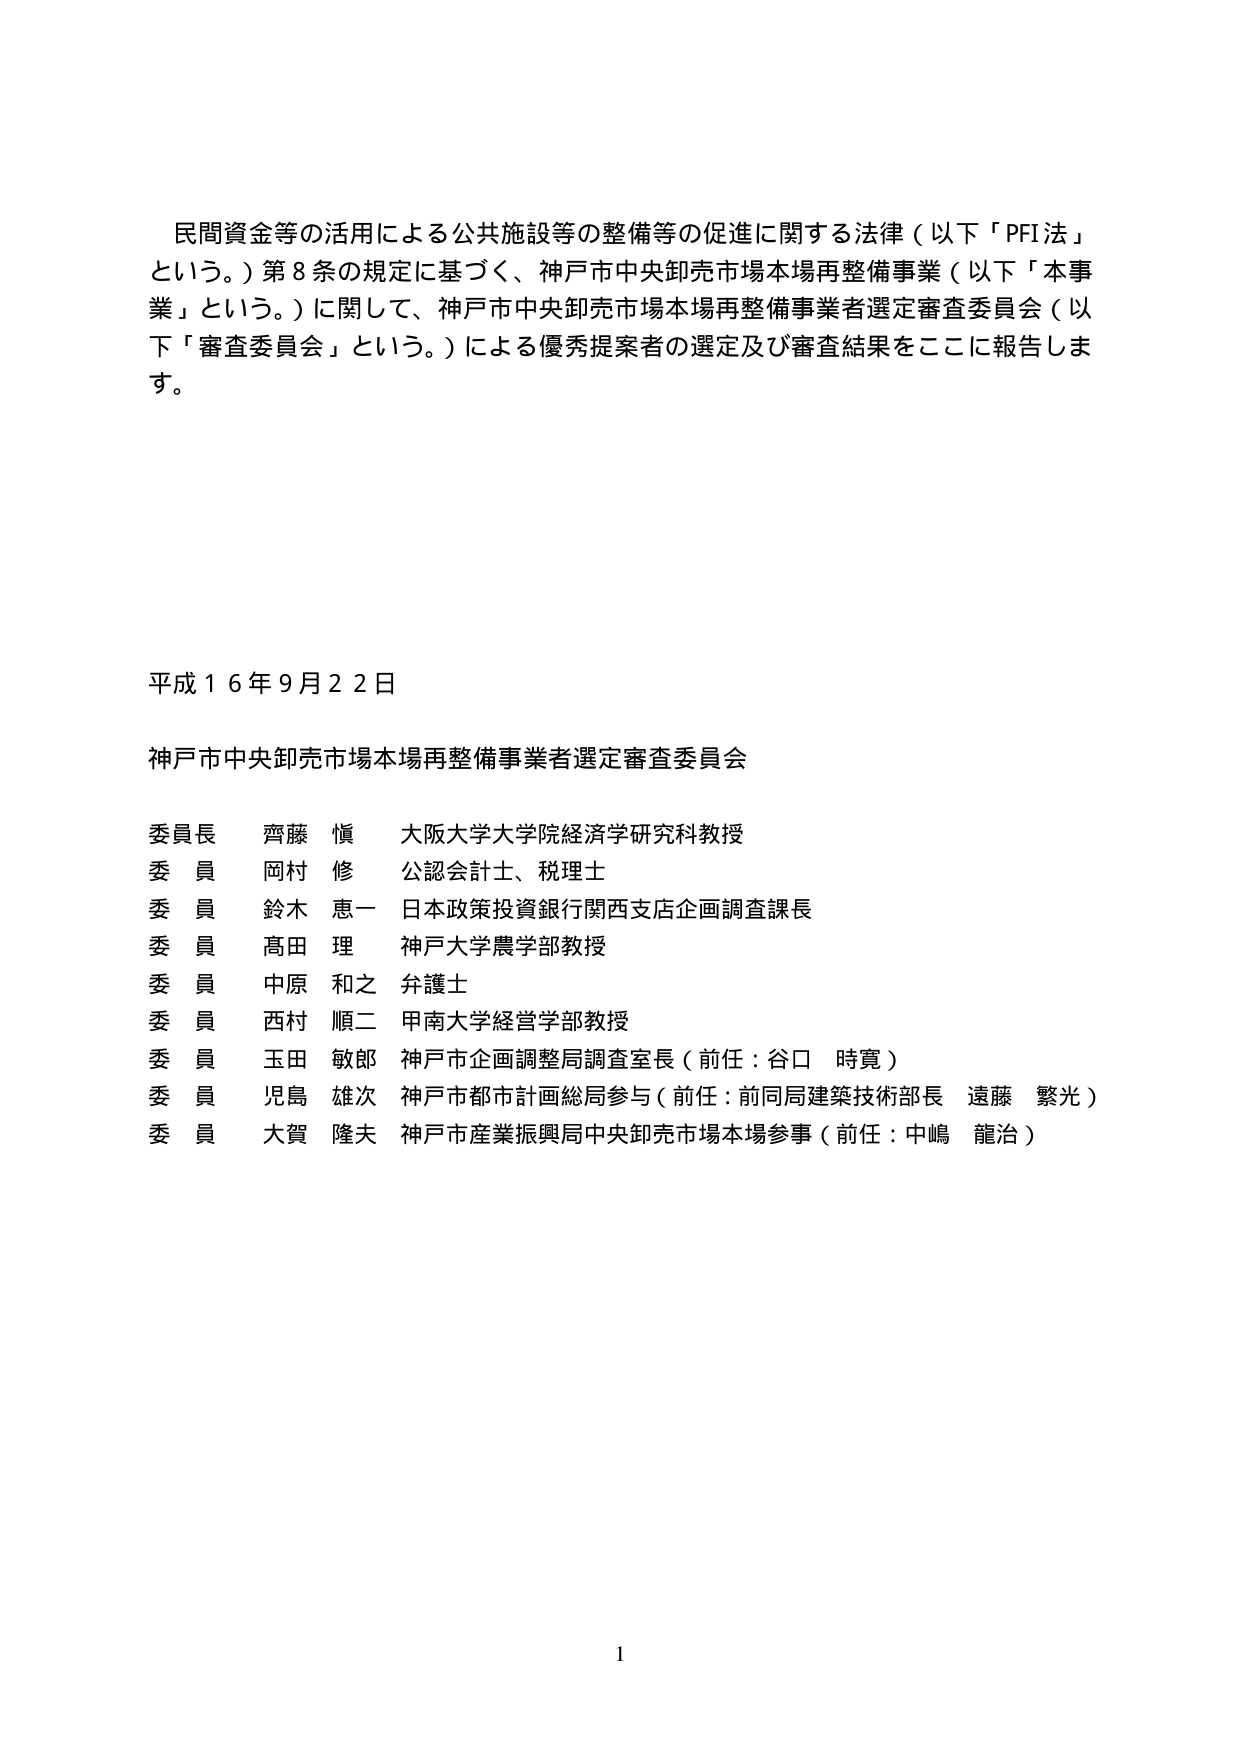
民間資金等の活用による公共施設等の整備等の促進に関する法律（以下「PFI法」という。）第8条の規定に基づく、神戸市中央卸売市場本場再整備事業（以下「本事業」という。）に関して、神戸市中央卸売市場本場再整備事業者選定審査委員会（以下「審査委員会」という。）による優秀提案者の選定及び審査結果をここに報告します。

平成16年9月22日

神戸市中央卸売市場本場再整備事業者選定審査委員会

委員長 齊藤 慎 大阪大学大学院経済学研究科教授
委員 岡村 修 公認会計士、税理士
委員 鈴木 恵一 日本政策投資銀行関西支店企画調査課長
委員 髙田 理 神戸大学農学部教授
委員 中原 和之 弁護士
委員 西村 順二 甲南大学経営学部教授
委員 玉田 敏郎 神戸市企画調整局調査室長（前任：谷口 時寛）
委員 児島 雄次 神戸市都市計画総局参与（前任：前同局建築技術部長 遠藤 繁光）
委員 大賀 隆夫 神戸市産業振興局中央卸売市場本場参事（前任：中嶋 龍治）

1